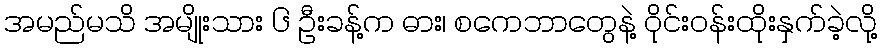
အမည်မသိ အမျိုးသား ၆ ဦးခန့်က ဓား၊ စကေဘာတွေနဲ့ ဝိုင်းဝန်းထိုးနှက်ခဲ့လို့